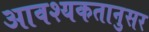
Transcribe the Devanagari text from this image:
आवश्यकतानुसर